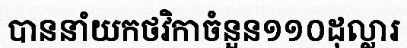
បាននាំយកថវិកាចំនួន១១០ដុល្លារ